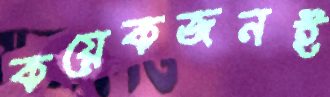
কয়েকজনই